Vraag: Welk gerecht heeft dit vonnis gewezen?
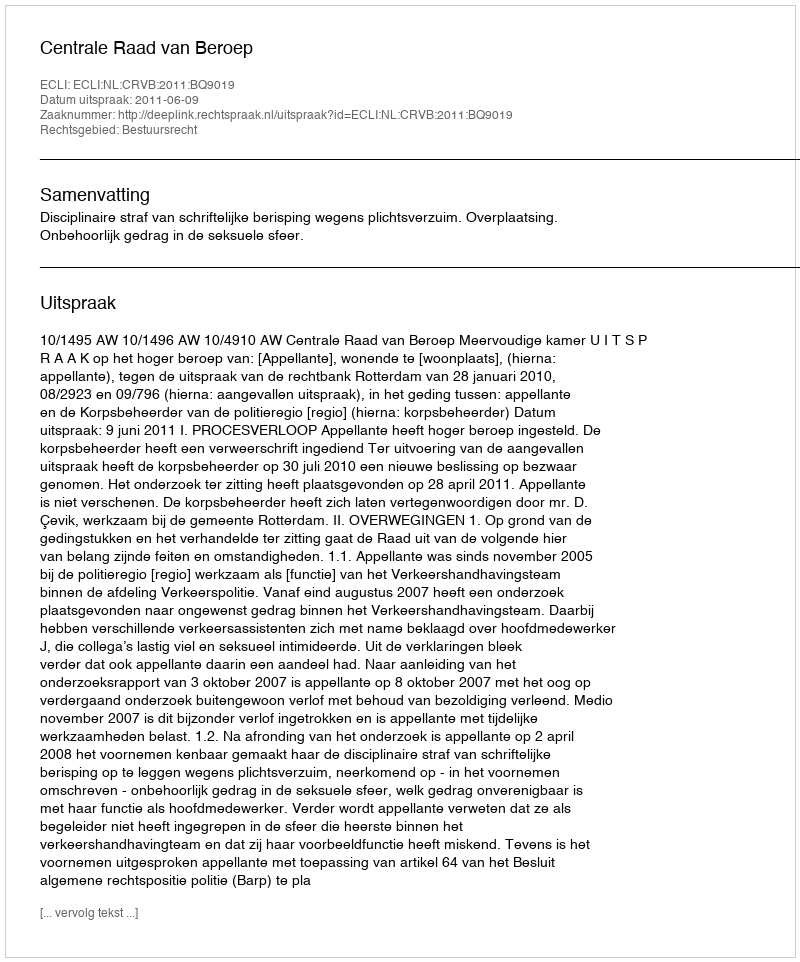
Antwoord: Centrale Raad van Beroep